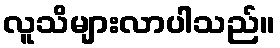
လူသိများလာပါသည်။